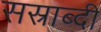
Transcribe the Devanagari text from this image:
सस्राब्दी